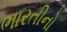
ભારતીનો